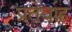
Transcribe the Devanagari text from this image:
प्रतेवाह